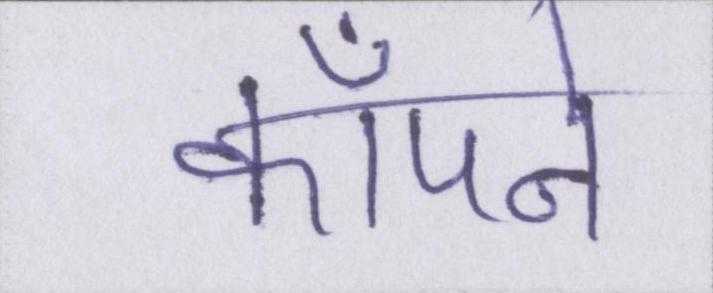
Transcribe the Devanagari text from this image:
काँपने